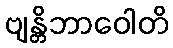
ဗျန္တိဘာဝေါတိ